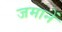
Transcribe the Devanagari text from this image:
जमानें